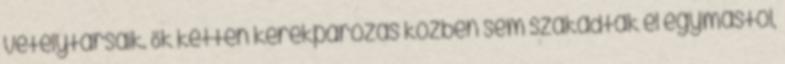
vetélytársaik. Ők ketten kerékpározás közben sem szakadtak el egymástól,